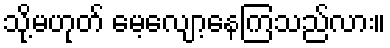
သို့မဟုတ် မေ့လျော့နေကြသည်လား။